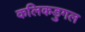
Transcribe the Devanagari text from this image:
कलिकडुगल